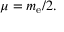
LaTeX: \mu = m _ { \mathrm { e } } / 2 .